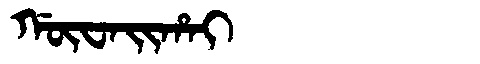
Manchu: ᡤᡡᠸᠠᡳᡥᠠᡳ
Romanization: GŪWAIHAI